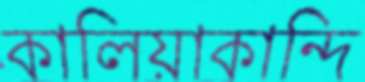
কালিয়াকান্দি